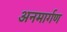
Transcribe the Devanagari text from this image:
अनमार्गण